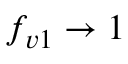
f _ { v 1 } \rightarrow 1